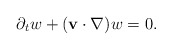
\begin{align*}\partial_t w+(\mathbf{v}\cdot \nabla)w=0.\end{align*}